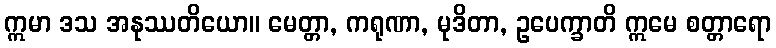
ဣမာ ဒသ အနုဿတိယော။ မေတ္တာ, ကရုဏာ, မုဒိတာ, ဥပေက္ခာတိ ဣမေ စတ္တာရော